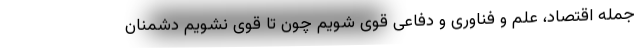
جمله اقتصاد، علم و فناوری و دفاعی قوی شویم چون تا قوی نشویم دشمنان